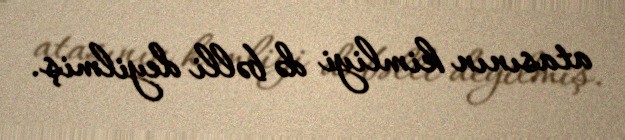
atasının kimliyi də bəlli deyilmiş.